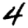
Digit: 4